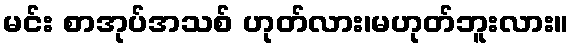
မင်း စာအုပ်အသစ် ဟုတ်လား၊မဟုတ်ဘူးလား။